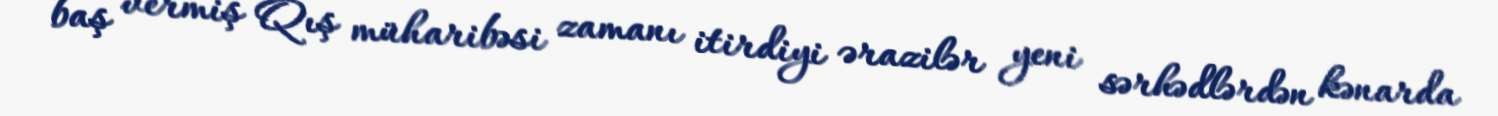
baş vermiş Qış müharibəsi zamanı itirdiyi ərazilər yeni sərhədlərdən kənarda